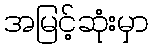
အမြင့်ဆုံးမှာ